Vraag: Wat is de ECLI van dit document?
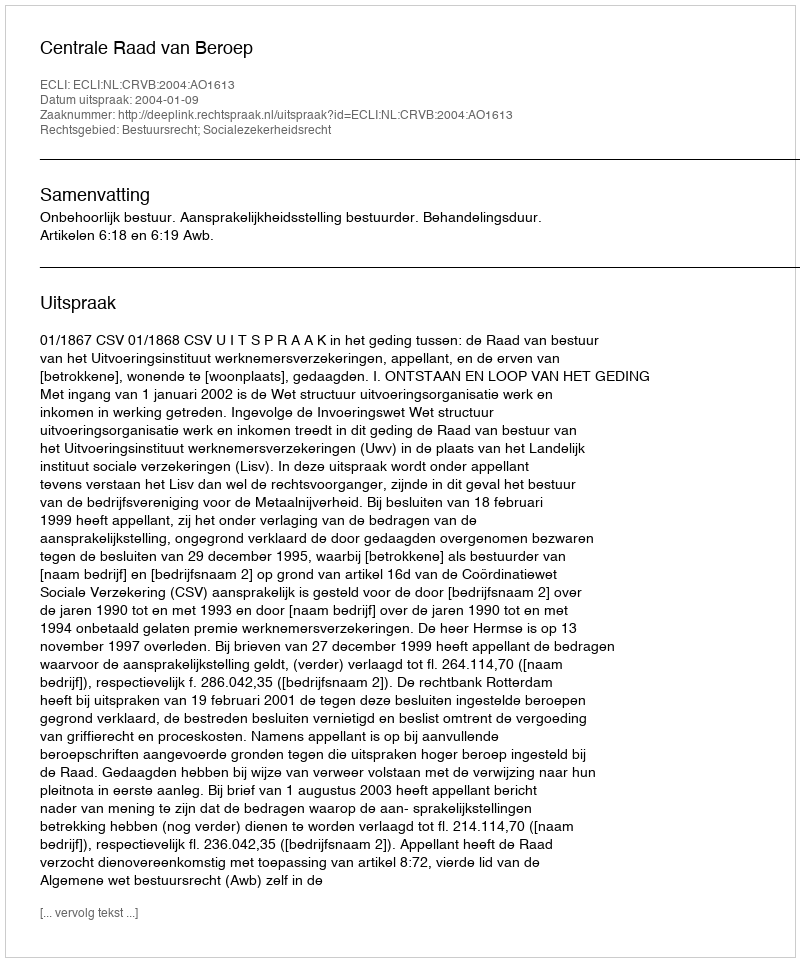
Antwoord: ECLI:NL:CRVB:2004:AO1613